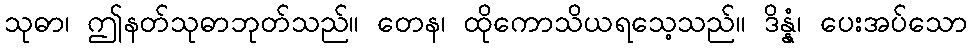
သုဓာ၊ ဤနတ်သုဓာဘုတ်သည်။ တေန၊ ထိုကောသိယရသေ့သည်။ ဒိန္နံ၊ ပေးအပ်သော